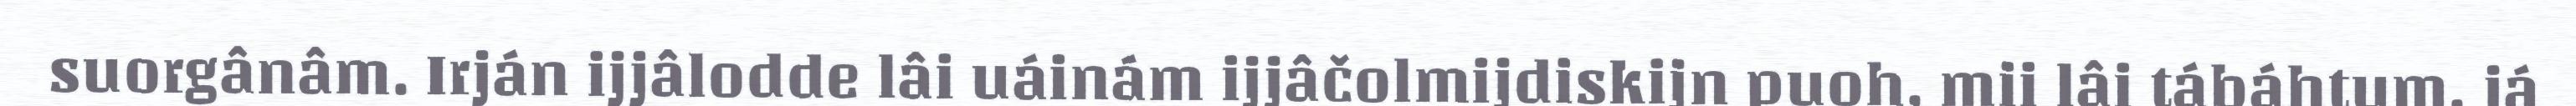
suorgânâm. Irján ijjâlodde lâi uáinám ijjâčolmijdiskijn puoh, mii lâi tábáhtum, já